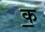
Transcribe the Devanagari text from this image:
क॒